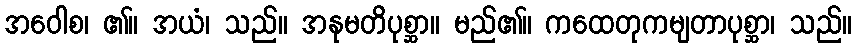
အဝေါစ၊ ၏။ အယံ၊ သည်။ အနုမတိပုစ္ဆာ။ မည်၏။ ကထေတုကမျတာပုစ္ဆာ၊ သည်။